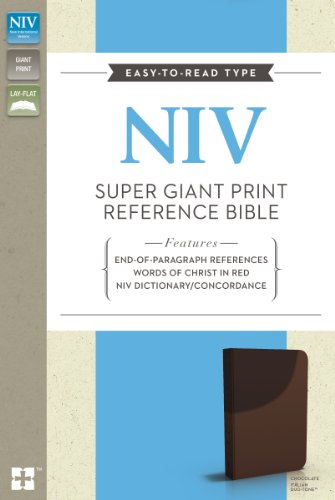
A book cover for NIV Super Giant Print Reference Bible; Zondervan; Christian Books & Bibles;